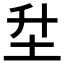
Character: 𡉼